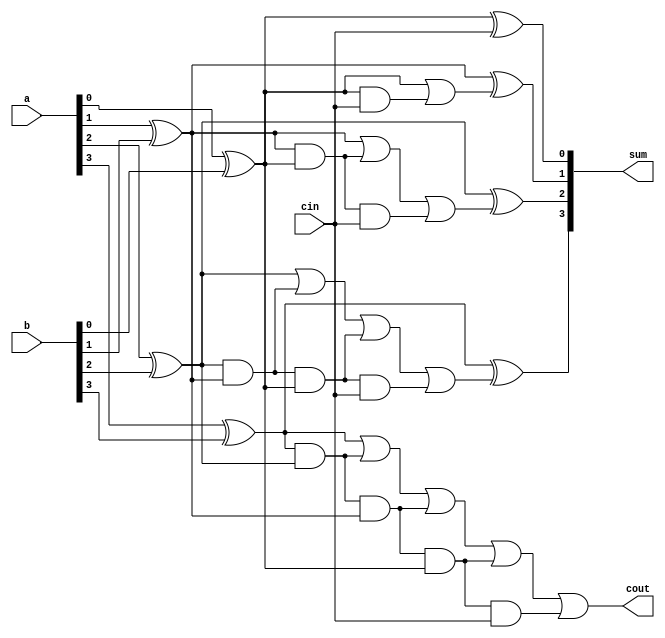
`timescale 1ns / 1ps
//////////////////////////////////////////////////////////////////////////////////
// Company: 
// Engineer: 
// 
// Design Name: 
// Module Name: cla
// Project Name: 
// Target Devices: 
// Tool Versions: 
// Description: 
// 
// Dependencies: 
// 
// Revision:
// Revision 0.01 - File Created
// Additional Comments:
// 
//////////////////////////////////////////////////////////////////////////////////


module cla(
    input [3:0] a,b,
    input cin,
    output [3:0] sum,
    output cout
    );
    wire p0,p1,p2,p3,g0,g1,g2,g3,c1,c2,c3,c4;
    assign p0=(a[0]^b[0]);
    assign  p1=(a[1]^b[1]);
    assign p2=(a[2]^b[2]);
    assign  p3=(a[3]^b[3]);
    assign g0=(a[0]^b[0]);
    assign g1=(a[1]^b[1]);
    assign g2=(a[2]^b[2]);
    assign  g3=(a[3]^b[3]);
    assign c0=cin;
    assign c1=g0|(p0 &c0);
    assign c2=g1|(p1&g0)|(p1&p0&c0);
    assign c3=g2|(p2 &g1)|(p2&p1&g0)|(p2&p1&p0&c0);
    assign c4=g3|(p3&p2)|(p3 &p2& g1)|(p3 & p2 & p1& g0)|(p3&p2&p1&p0&c0);
    assign sum[0]=p0^c0;
    assign sum[1]=p1^c1;
    assign sum[2]=p2^c2;
    assign sum[3]=p3^c3;
    assign cout=c4;
endmodule